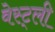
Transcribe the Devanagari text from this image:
वेस्ट्ली